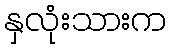
နှလုံးသားက